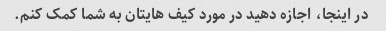
در اینجا، اجازه دهید در مورد کیف هایتان به شما کمک کنم.